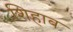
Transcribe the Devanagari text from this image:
शिहाब